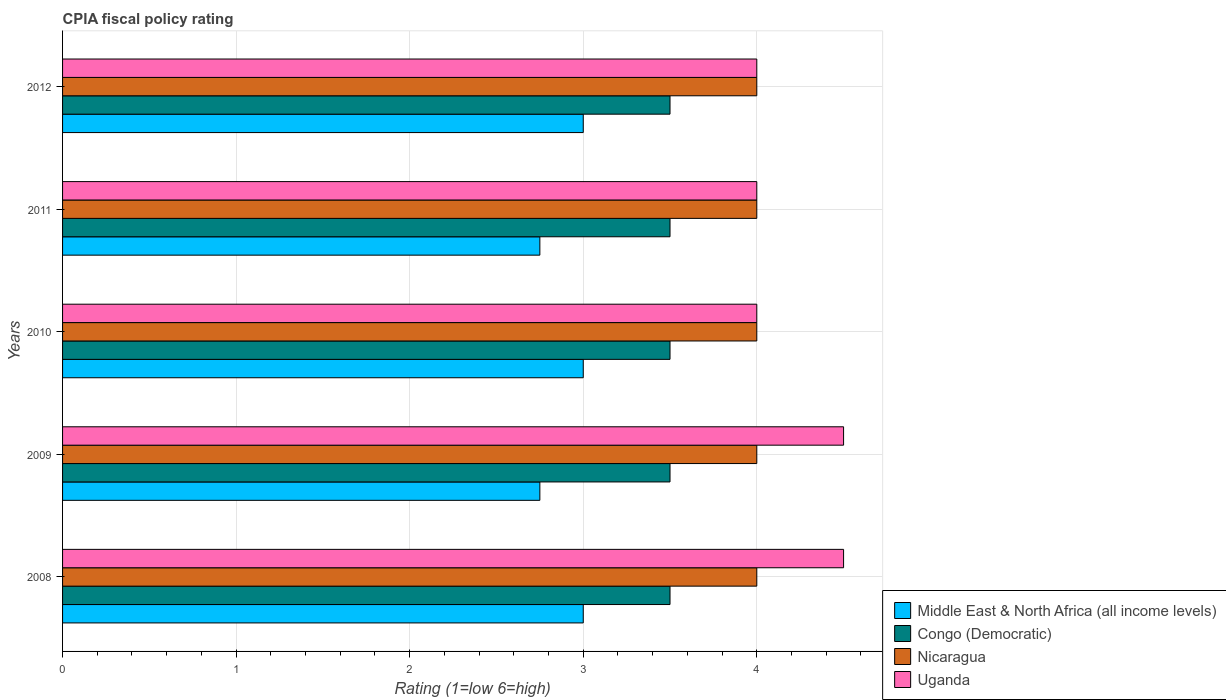
| Years | Middle East & North Africa (all income levels) | Congo (Democratic) | Nicaragua | Uganda |
 | --- | --- | --- | --- | --- |
 | 2008 | 3 | 3.5 | 4 | 4.5 |
 | 2009 | 2.75 | 3.5 | 4 | 4.5 |
 | 2010 | 3 | 3.5 | 4 | 4 |
 | 2011 | 2.75 | 3.5 | 4 | 4 |
 | 2012 | 3 | 3.5 | 4 | 4 |